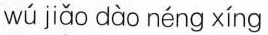
wú jiǎo dào néng xíng